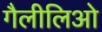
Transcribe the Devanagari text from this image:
गैलीलिओ